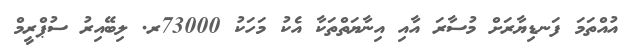
އުއްތަމަ ފަނޑިޔާރަށް މުސާރަ އާއި އިނާޔަތްތަކާ އެކު މަހަކު 73000ރ. ލިބޭއިރު ސުޕްރީމް